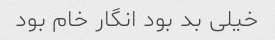
خیلی بد بود انگار خام بود